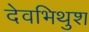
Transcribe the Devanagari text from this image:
देवभिथुश